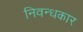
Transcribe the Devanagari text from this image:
निवन्धकार